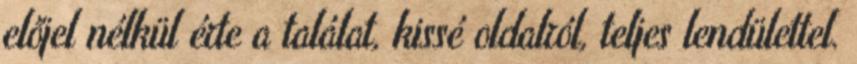
előjel nélkül érte a találat, kissé oldalról, teljes lendülettel.